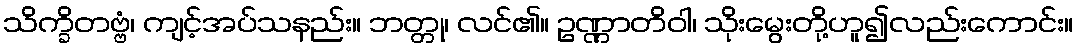
သိက္ခိတဗ္ဗံ၊ ကျင့်အပ်သနည်း။ ဘတ္တု၊ လင်၏။ ဥဏ္ဏာတိဝါ၊ သိုးမွေးတို့ဟူ၍လည်းကောင်း။